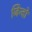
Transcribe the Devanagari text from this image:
जिन्दों